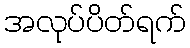
အလုပ်ပိတ်ရက်